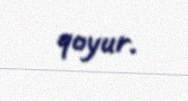
qoyur.